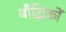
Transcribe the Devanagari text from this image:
बौद्धिकों